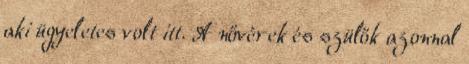
aki ügyeletes volt itt. A nővérek és szülők azonnal